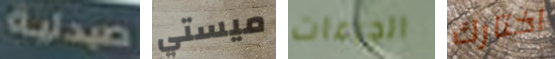
صيدلية ميستي الجرعات اختارك